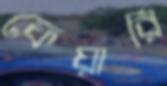
ফেয়ারি